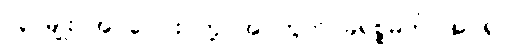
လူ မျိုး အ ပေါင်း တို့ အ တွက် ခရစ္စမတ် အ ရှင်။